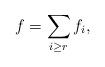
LaTeX: \begin{align*}f = \sum_{i\geq r} f_i,\end{align*}